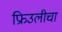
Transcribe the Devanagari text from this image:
फ्रिउलीचा